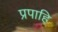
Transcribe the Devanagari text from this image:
प्रपाहि